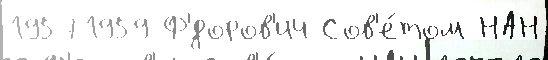
19571959 Ф'́доров'ич Сов'е́том НАН